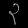
Digit: ၃